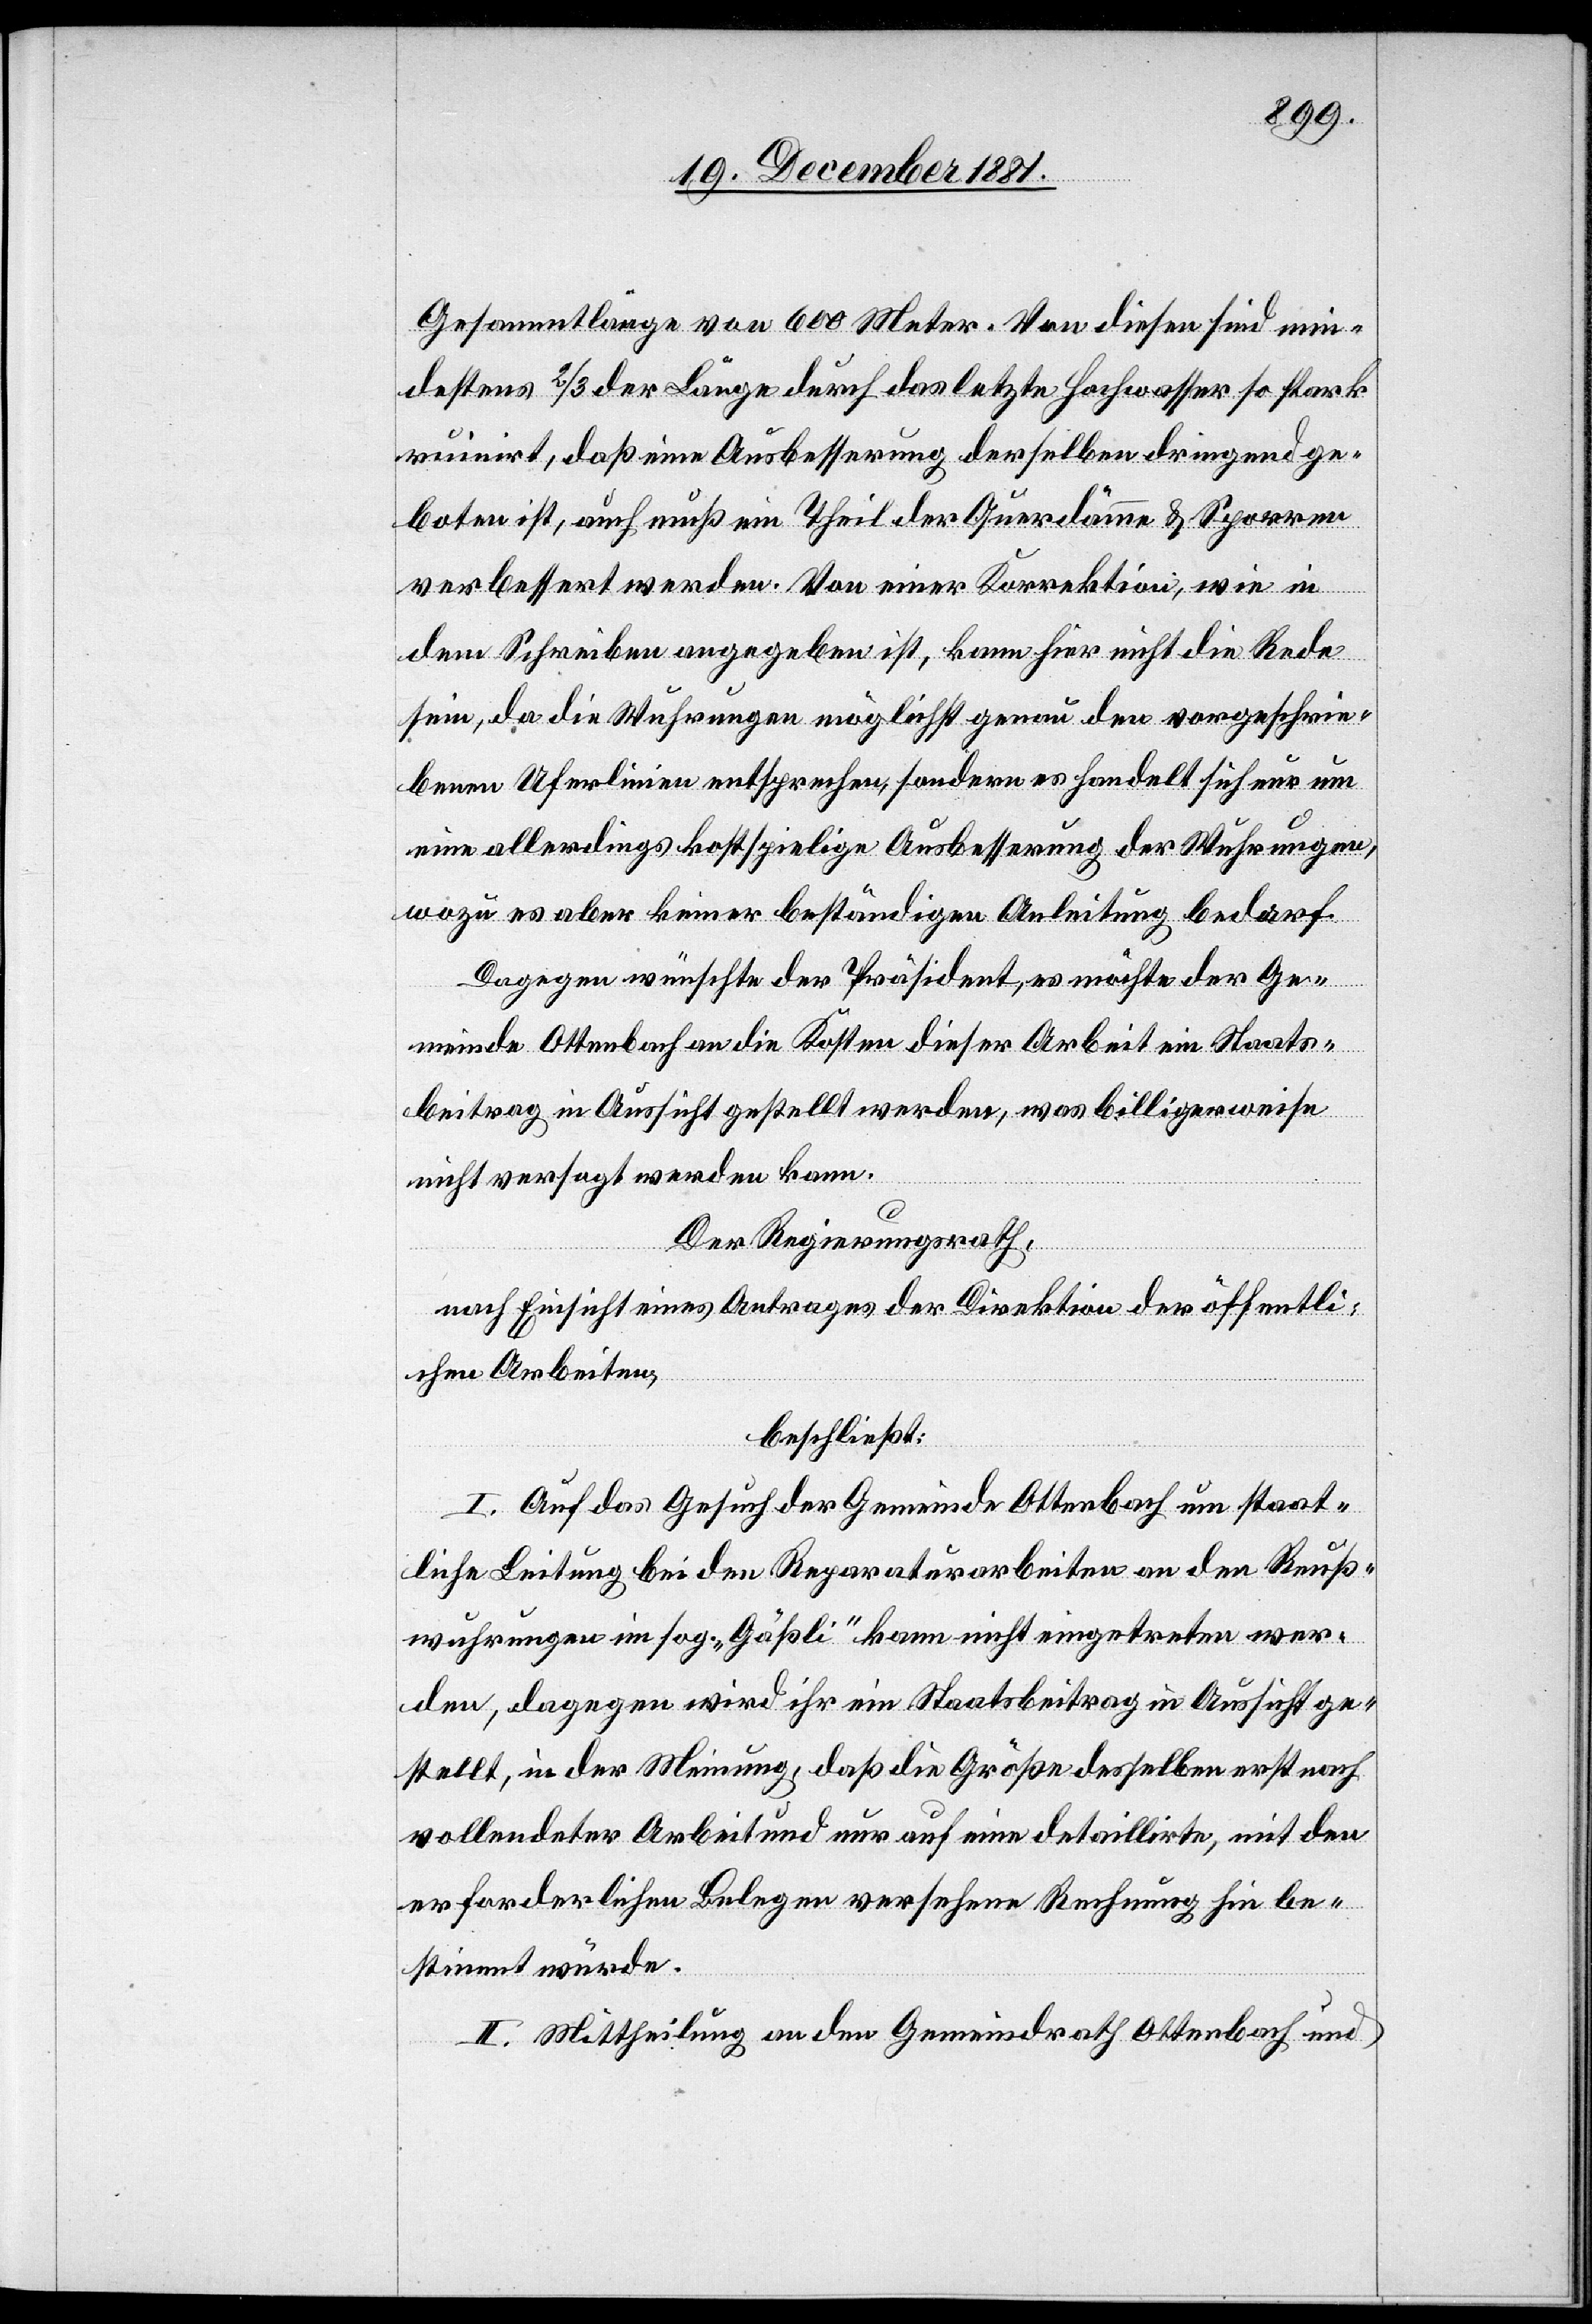
Gesammtlänge von 600 Meter. Von diesen sind min¬
destens 2/3 der Länge durch das letzte Hochwasser so stark
ruinirt, daß eine Ausbesserung derselben dringend ge¬
boten ist, auch muß ein Theil der Querdämme & Sparren
verbessert werden. Von einer Korrektion, wie in
dem Schreiben angegeben ist, kann hier nicht die Rede
sein, da die Wuhrungen möglichst genau den vorgeschrie¬
benen Uferlinien entsprechen, sondern es handelt sich nur um
eine allerdings kostspielige Ausbesserung der Wuhrungen,
wozu es aber keiner beständigen Anleitung bedarf.
Dagegen wünschte der Präsident, es möchte der Ge¬
meinde Ottenbach an die Kosten dieser Arbeit ein Staats¬
beitrag in Aussicht gestellt werden, was billigerweise
nicht versagt werden kann.
Der Regierungsrath,
nach Einsicht eines Antrages der Direktion der öffentli¬
chen Arbeiten,
beschließt:
I. Auf das Gesuch der Gemeinde Ottenbach um staat¬
liche Leitung bei den Reparaturarbeiten an den Reuß¬
wuhrungen im sog. „Gäßli“ kann nicht eingetreten wer¬
den, dagegen wird ihr ein Staatsbeitrag in Aussicht ge¬
stellt, in der Meinung, daß die Größe desselben erst nach
vollendeter Arbeit und nur auf eine detaillirte, mit den
erforderlichen Belegen versehene Rechnung hin be¬
stimmt würde.
II. Mittheilung an den Gemeindrath Ottenbach und